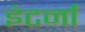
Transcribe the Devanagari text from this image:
इंटर्ना